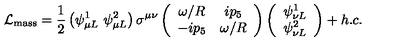
\mathcal L _ { \mathrm { m a s s } } = \frac { 1 } { 2 } \left( \psi _ { \mu L } ^ { 1 } \ \psi _ { \mu L } ^ { 2 } \right) \sigma ^ { \mu \nu } \left( \begin{array} { c c } { \omega / R } & { i p _ { 5 } } \\ { - i p _ { 5 } } & { \omega / R } \\ \end{array} \right) \left( \begin{array} { c } { \psi _ { \nu L } ^ { 1 } } \\ { \psi _ { \nu L } ^ { 2 } } \\ \end{array} \right) + h . c .